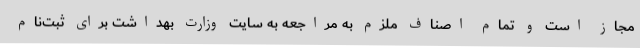
مجاز است و تمام اصناف ملزم به مراجعه به سایت وزارت بهداشت برای ثبت‌نام